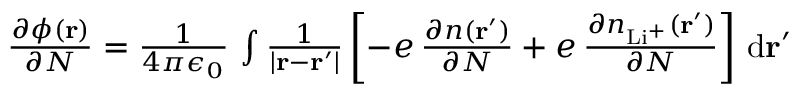
\begin{array} { r } { \frac { \partial \phi ( \mathbf { r } ) } { \partial N } = \frac { 1 } { 4 \pi \epsilon _ { 0 } } \, \int \frac { 1 } { | \mathbf { r } - \mathbf { r } ^ { \prime } | } \left[ - e \, \frac { \partial n ( \mathbf { r } ^ { \prime } ) } { \partial N } + e \, \frac { \partial n _ { \mathrm { L i ^ { + } } } ( \mathbf { r } ^ { \prime } ) } { \partial N } \right] \, \mathrm { d } \mathbf { r } ^ { \prime } } \end{array}